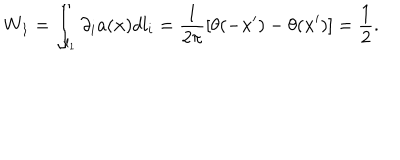
LaTeX: W _ { 1 } = \int _ { l _ { 1 } } \partial _ { i } a ( { \bf x } ) d l _ { i } = \frac { 1 } { 2 \pi } \left[ \theta ( - { \bf x } ^ { \prime } ) - \theta ( { \bf x } ^ { \prime } ) \right] = \frac { 1 } { 2 } .